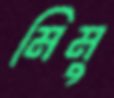
মিমু